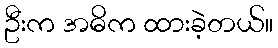
ဦးက အဓိက ထားခဲ့တယ်။